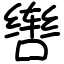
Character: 辔